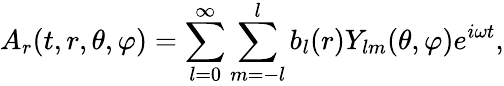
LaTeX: A_{r}(t,r,\theta,\varphi)=\sum_{l=0}^{\infty}\sum_{m=-l}^{l}b_{l}(r)Y_{lm}(\theta,\varphi)e^{i\omega t},